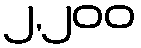
၂,၂၀၀